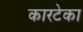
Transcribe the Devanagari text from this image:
कारटेका